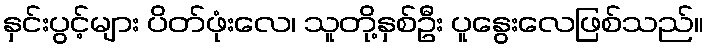
နှင်းပွင့်များ ပိတ်ဖုံးလေ၊ သူတို့နှစ်ဦး ပူနွေးလေဖြစ်သည်။